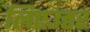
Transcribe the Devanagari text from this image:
लिएउत्तर